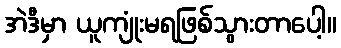
အဲဒီမှာ ယူကျုံးမရဖြစ်သွားတာပေါ့။